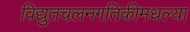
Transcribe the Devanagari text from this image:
विद्युतचलनगतिकीमधल्या